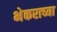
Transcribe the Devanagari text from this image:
भेकराच्या